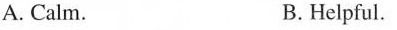
A.Calm. B.Helpful.